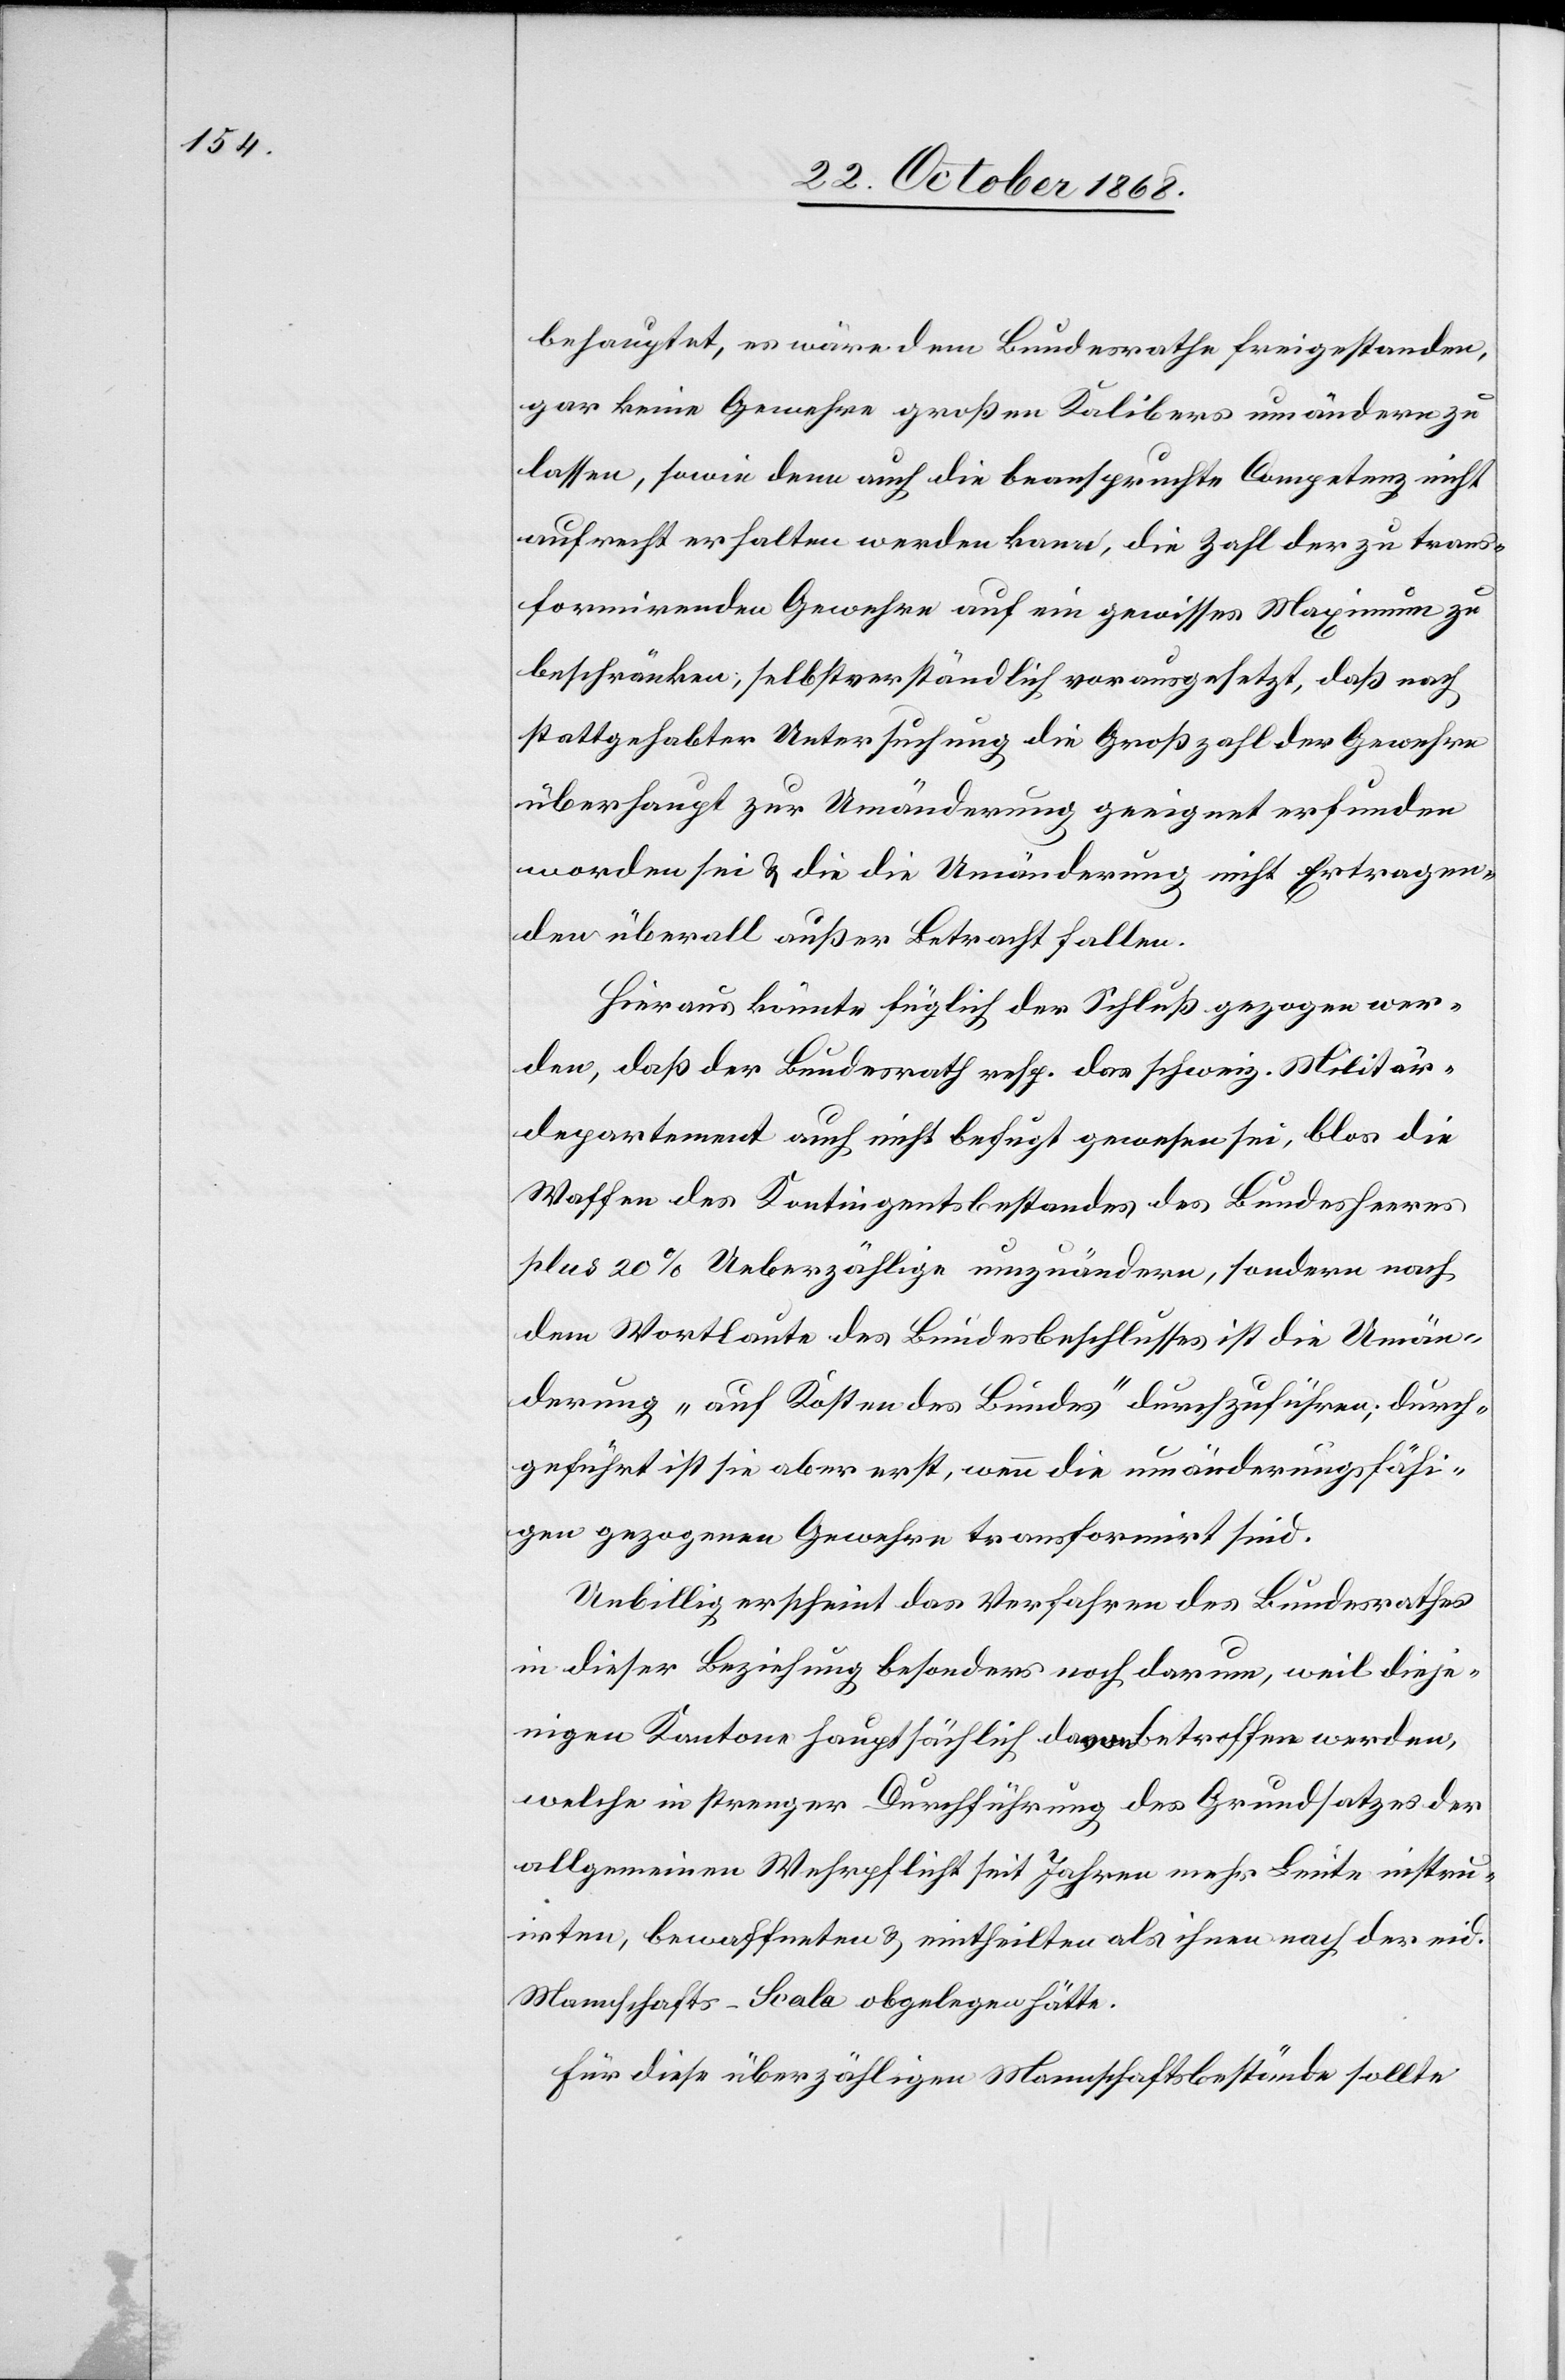
behauptet, es wäre dem Bundesrathe freigestanden,
gar keine Gewehre großen Kalibers umändern zu
lassen, sowie denn auch die beanspruchte Competenz nicht
aufrecht erhalten werden kann, die Zahl der zu trans¬
formirenden Gewehre auf ein gewisses Maximum zu
beschränken; selbstverständlich vorausgesetzt, daß nach
stattgehabter Untersuchung die Großzahl der Gewehre
überhaupt zur Umänderung geeignet erfunden
worden sei & die die Umänderung nicht Ertragen¬
den überall außer Betracht fallen.
Hieraus könnte füglich der Schluß gezogen wer¬
den, daß der Bundesrath resp. das schweiz. Militär¬
departement auch nicht befugt gewesen sei, blos die
Waffen des Kontingentsbestandes des Bundesheeres
plus 20% Ueberzählige umzuändern, sondern nach
dem Wortlaute des Bundesbeschlusses ist die Umän¬
derung „auf Kosten des Bundes“ durchzuführen; durch¬
geführt ist sie aber erst, wenn die umänderungsfähi¬
gen gezogenen Gewehre transformirt sind.
Unbillig erscheint das Verfahren des Bundesrathes
in dieser Beziehung besonders noch darum, weil dieje¬
nigen Kantone hauptsächlich davon betroffen werden,
welche in strenger Durchführung des Grundsatzes der
allgemeinen Wehrpflicht seit Jahren mehr Leute instru¬
irten, bewaffneten & eintheilten als ihnen nach der eid.
Mannschafts-Scala obgelegen hätte.
Für diese überzähligen Mannschaftsbestände sollte